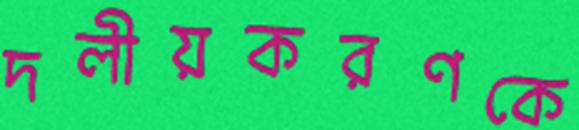
দলীয়করণকে